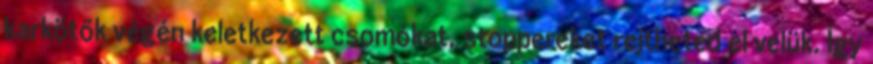
karkötők végén keletkezett csomókat, stoppereket rejtheted el velük. Így